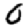
Digit: 0